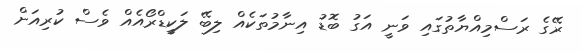
ރޭގެ ރަސްމިއްޔާތުގައި ވަނީ އަގު ބޮޑު އިނާމުތަކެއް ލިބޭ ލަކީޑްރޯއެއް ވެސް ކުރިއަށް